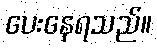
ပေးနေရသည်။